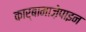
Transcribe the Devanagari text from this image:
कार्बामाज़ेपाइन